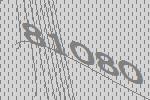
81080